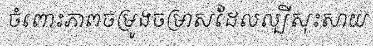
ចំពោះភាពចម្រូងចម្រាសដែលល្បីសុះសាយ